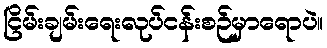
ငြိမ်းချမ်းရေးလုပ်ငန်းစဉ်မှာရောပဲ။